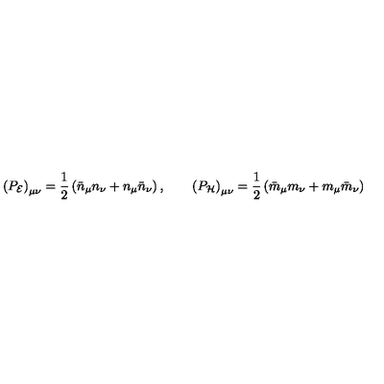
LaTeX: \left( P _ { \cal E } \right) _ { \mu \nu } = \frac { 1 } { 2 } \left( \bar { n } _ { \mu } n _ { \nu } + n _ { \mu } \bar { n } _ { \nu } \right) , \qquad \left( P _ { \cal H } \right) _ { \mu \nu } = \frac { 1 } { 2 } \left( \bar { m } _ { \mu } m _ { \nu } + m _ { \mu } \bar { m } _ { \nu } \right)